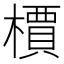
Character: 檟